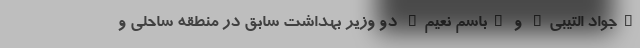
"جواد التیبی" و "باسم نعیم" دو وزیر بهداشت سابق در منطقه ساحلی و